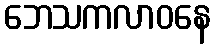
ဘေသကလာဝနေ